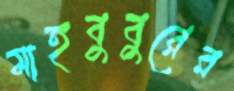
মাহবুবুরের